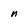
Character: n